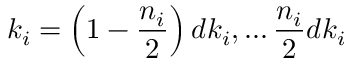
k _ { i } = \left( 1 - \frac { n _ { i } } { 2 } \right) d k _ { i } , \ldots \frac { n _ { i } } { 2 } d k _ { i }